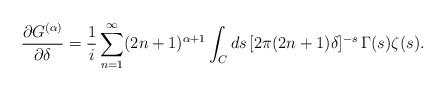
LaTeX: \begin{align*}\frac{\partial G^{(\alpha)}}{\partial \delta}=\frac{1}{i}\sum_{n=1}^\infty (2n+1)^{\alpha+1}\int_Cds\, [2\pi (2n+1)\delta]^{-s}\,\Gamma(s)\zeta(s).\end{align*}